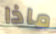
ماذا